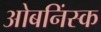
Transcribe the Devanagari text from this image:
ओबनिंस्क